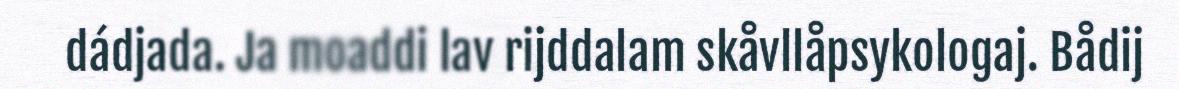
dádjada. Ja moaddi lav rijddalam skåvllåpsykologaj. Bådij